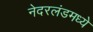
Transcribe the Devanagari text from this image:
नेदरलंडमध्ये